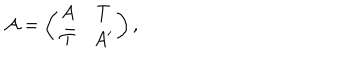
{ \mathcal A } = \left( \begin{array} { c c } { { A } } & { { T } } \\ { { \bar { T } } } & { { A ^ { \prime } } } \\ \end{array} \right) ,